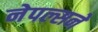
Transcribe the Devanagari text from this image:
नेपल्सने